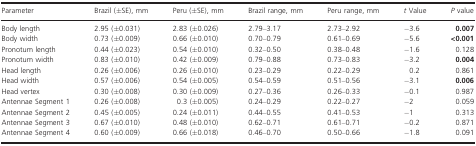
<table><thead><tr><td><b>Parameter</b></td><td><b>Brazil (±SE), mm</b></td><td><b>Peru (±SE), mm</b></td><td><b>Brazil range, mm</b></td><td><b>Peru range, mm</b></td><td><b><i>t</i> Value</b></td><td><b><i>P</i> value</b></td></tr></thead><tbody><tr><td>Body length</td><td>2.95 (±0.031)</td><td>2.83 (±0.026)</td><td>2.79–3.17</td><td>2.73–2.92</td><td>−3.6</td><td><b>0.007</b></td></tr><tr><td>Body width</td><td>0.73 (±0.009)</td><td>0.66 (±0.010)</td><td>0.70–0.79</td><td>0.61–0.69</td><td>−5.6</td><td><b>&lt;0.001</b></td></tr><tr><td>Pronotum length</td><td>0.44 (±0.023)</td><td>0.54 (±0.010)</td><td>0.32–0.50</td><td>0.38–0.48</td><td>−1.6</td><td>0.128</td></tr><tr><td>Pronotum width</td><td>0.83 (±0.010)</td><td>0.42 (±0.009)</td><td>0.79–0.88</td><td>0.73–0.83</td><td>−3.2</td><td><b>0.004</b></td></tr><tr><td>Head length</td><td>0.26 (±0.006)</td><td>0.26 (±0.010)</td><td>0.23–0.29</td><td>0.22–0.29</td><td>0.2</td><td>0.861</td></tr><tr><td>Head width</td><td>0.57 (±0.006)</td><td>0.54 (±0.005)</td><td>0.54–0.59</td><td>0.51–0.56</td><td>−3.1</td><td><b>0.006</b></td></tr><tr><td>Head vertex</td><td>0.30 (±0.008)</td><td>0.30 (±0.009)</td><td>0.27–0.36</td><td>0.26–0.33</td><td>−0.1</td><td>0.987</td></tr><tr><td>Antennae Segment 1</td><td>0.26 (±0.008)</td><td>0.3 (±0.005)</td><td>0.24–0.29</td><td>0.22–0.27</td><td>−2</td><td>0.059</td></tr><tr><td>Antennae Segment 2</td><td>0.45 (±0.005)</td><td>0.24 (±0.011)</td><td>0.44–0.55</td><td>0.41–0.53</td><td>−1</td><td>0.313</td></tr><tr><td>Antennae Segment 3</td><td>0.67 (±0.010)</td><td>0.48 (±0.010)</td><td>0.62–0.71</td><td>0.61–0.71</td><td>−0.2</td><td>0.871</td></tr><tr><td>Antennae Segment 4</td><td>0.60 (±0.009)</td><td>0.66 (±0.018)</td><td>0.46–0.70</td><td>0.50–0.66</td><td>−1.8</td><td>0.091</td></tr></tbody></table>